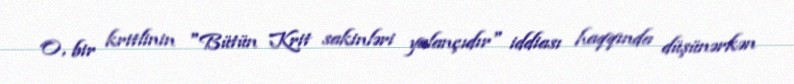
O, bir kritlinin "Bütün Krit sakinləri yalançıdır" iddiası haqqında düşünərkən